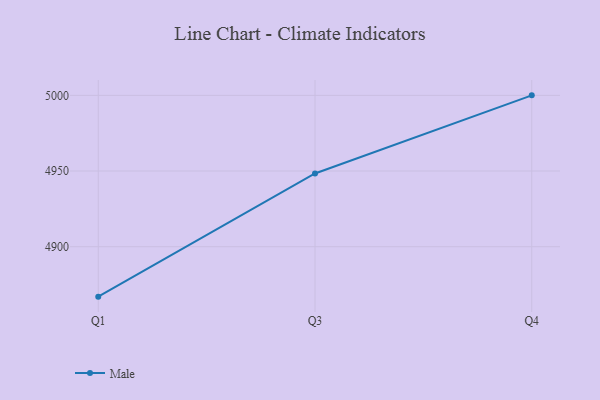
{"axis": {"x": "Quarter", "y": "Demand Index"}, "legend": ["Male"], "data": [{"x": "Q1", "y": 4867.0, "type": "Male"}, {"x": "Q3", "y": 4948.4, "type": "Male"}, {"x": "Q4", "y": 5000, "type": "Male"}]}